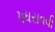
પધરાવવી